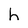
Character: h